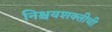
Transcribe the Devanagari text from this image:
निश्चयशक्तीची